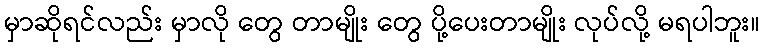
မှာဆိုရင်လည်း မှာလို တွေ တာမျိုး တွေ ပို့ပေးတာမျိုး လုပ်လို့ မရပါဘူး။